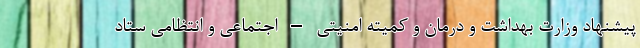
پیشنهاد وزارت بهداشت و درمان و کمیته امنیتی – اجتماعی و انتظامی ستاد